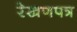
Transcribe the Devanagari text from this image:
रेखणपत्र